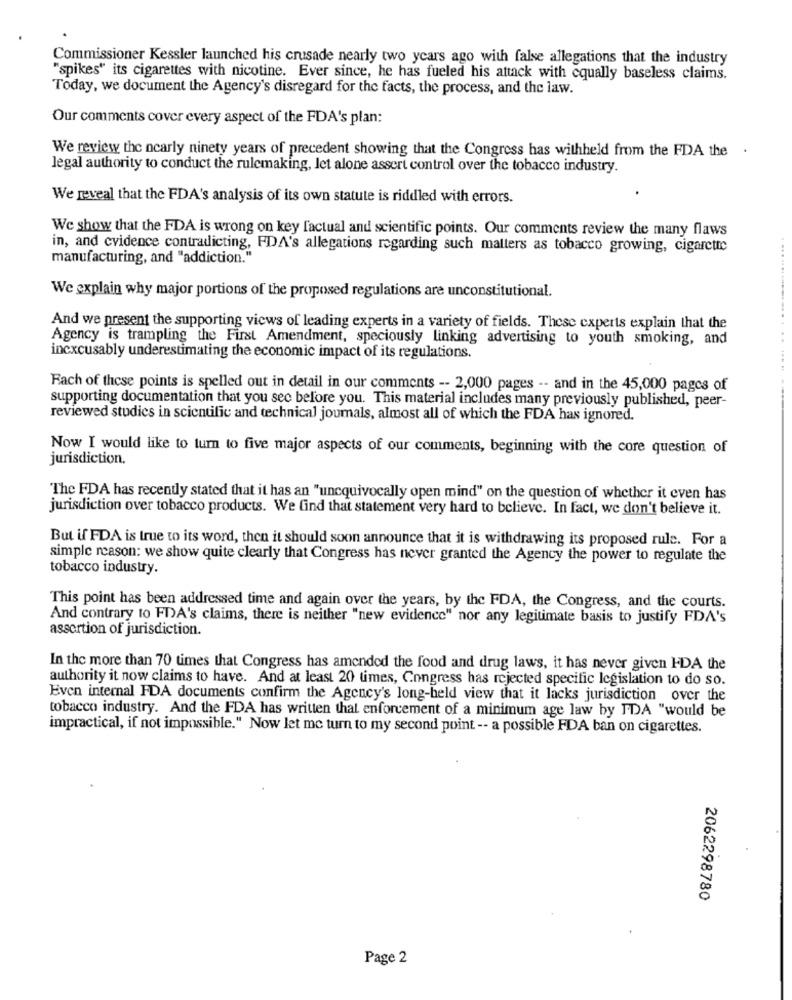
Commissioner Kessler launched his crusade nearly two years ago with false allegations that the industry
"spikes" its cigarettes with nicotine. Ever since, he has fueled his attack with equally baseless claims.
Today, we document the Agency's disregard for the facts, the process, and the law.
Our comments cover every aspect of the FDA's plan:
We review the nearly ninety years of precedent showing that the Congress has withheld from the FDA the .
legal authority to conduct the rulemaking, let alone assert control over the tobacco industry.
We reveal that the FDA's analysis of its own statute is riddled with errors.
We show that the FDA is wrong on key factual and scientific points. Our comments review the many flaws
in, and cvidence contradicting, FDA's allegations regarding such matters as tobacco growing, cigarette
manufacturing, and "addiction."
We explain why major portions of the proposed regulations are unconstitutional.
And we present the supporting views of leading experts in a variety of fields. These experts explain that the
Agency is trampling the First Amendment, speciously linking advertising to youth smoking, and
inexcusably underestimating the economic impact of its regulations.
Fach of these points is spelled out in detail in our comments -- 2,000 pages -- and in the 45,000 pages of
supporting documentation that you sec before you. This material includes many previously published, peer-
reviewed studies in scientific and technical journals, almost all of which the FDA has ignored.
Now I would like to turn to five major aspects of our comments, beginning with the core question of
jurisdiction.
The FDA has recently stated that it has an "unequivocally open mind" on the question of whether it even has
jurisdiction over tobacco products. We find that statement very hard to believe. In fact, we don't believe it.
But if FDA is true to its word, then it should soon announce that it is withdrawing its proposed rule. For a
simple reason: we show quite clearly that Congress has never granted the Agency the power to regulate the
tobacco industry.
This point has been addressed time and again over the years, by the FDA, the Congress, and the courts.
And contrary to FDA's claims, there is neither "new evidence" nor any legitimate basis to justify FDA's
assertion of jurisdiction.
In the more than 70 times that Congress has amended the food and drug laws, it has never given FDA the
authority it now claims to have. And at least 20 times, Congress has rejected specific legislation to do so.
Even internal FDA documents confirm the Agency's long-held view that it lacks jurisdiction over the
tobacco industry. And the FDA has written that enforcement of a minimum age law by FDA "would be
impractical, if not impossible." Now let me turn to my second point -- a possible FDA ban on cigarettes.
2062298780
Page 2